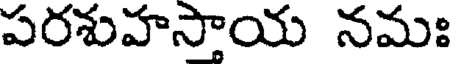
పరశుహసాయ నమః